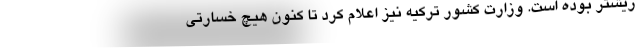
ریشتر‌ بوده است. وزارت کشور ترکیه نیز اعلام کرد تا کنون هیچ خسارتی